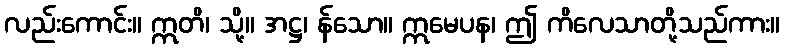
လည်းကောင်း။ ဣတိ၊ သို့။ အဋ္ဌ၊ န်သော။ ဣမေပန၊ ဤ ကိလေသာတို့သည်ကား။